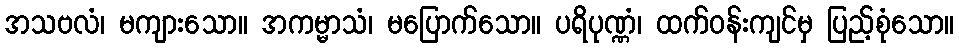
အသဗလံ၊ မကျားသော။ အကမ္မာသံ၊ မပြောက်သော။ ပရိပုဏ္ဏံ၊ ထက်ဝန်းကျင်မှ ပြည့်စုံသော။